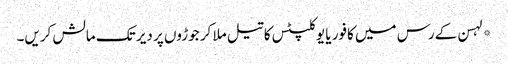
*لہسن کے رس میں کافور یا یوکلپٹس کا تیل ملا کر جوڑوں پر دیر تک مالش کریں۔